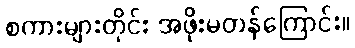
စကားများတိုင်း အဖိုးမတန်ကြောင်း။